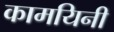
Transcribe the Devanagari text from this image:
कामयिनी